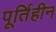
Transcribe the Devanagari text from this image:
पूर्तिहीन